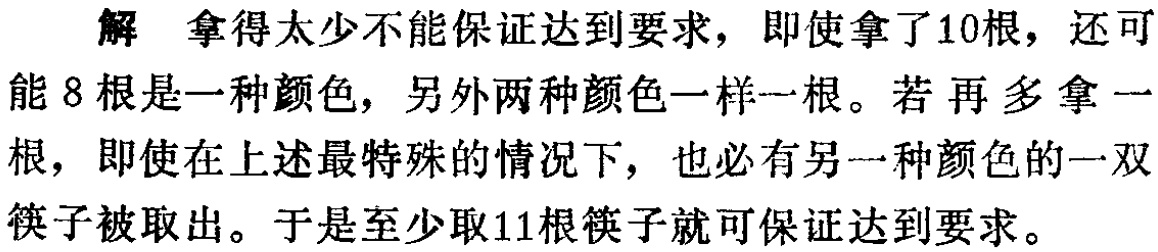
解 拿得太少不能保证达到要求，即使拿了10根，还可能 8 根是一种颜色，另外两种颜色一样一根。若再多拿一根，即使在上述最特殊的情况下，也必有另一种颜色的一双筷子被取出。于是至少取11根筷子就可保证达到要求。